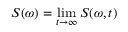
S ( \omega ) = \operatorname* { l i m } _ { t \rightarrow \infty } S ( \omega , t )